Vaccination in Bombay 1869-1873 - 1869-1873
Year: 1869
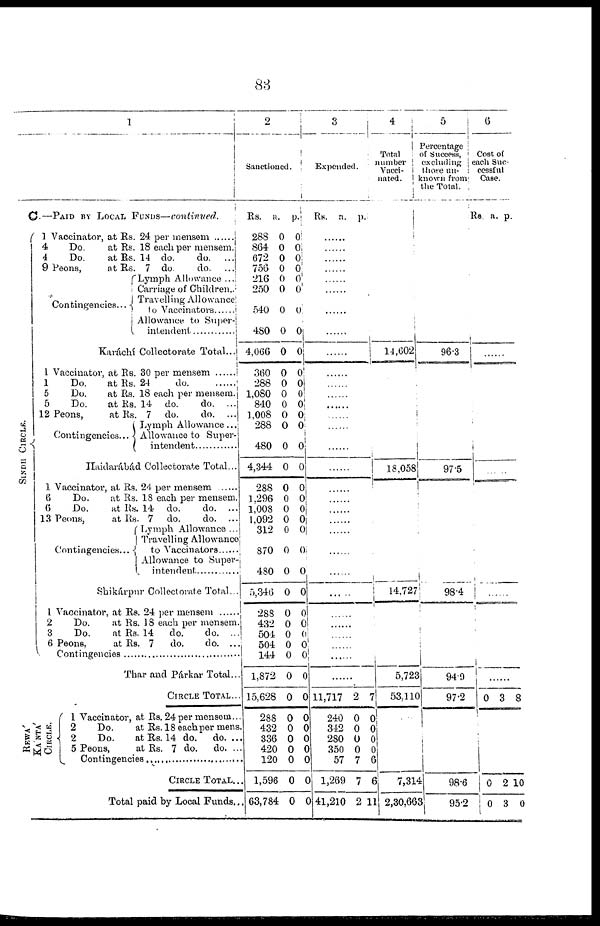
88
1
C.—PAID BY LOCAL FUNDS—continued.
SINDH CIRCLE.
1
4
4
9
Vaccinator, at Rs. 24 per mensem ......
Do.
at Rs. 18 each per mensem.
Do.
at Rs. 14 do.
do.
...
Peons,
at Rs. 7 do.
do.
...
Contingencies...
Lymph Allowance ...
Carriage of Children..
Travelling Allowance
to Vaccinators ......
Allowance to Super¬
intendent ..........
Karáchi Collectorate Total...
1
1
5
5
12
Vaccinator, at Rs. 30 per mensem
Do.
at Rs. 24
do. .....
Do.
at Rs. 18 each per mensem.
Do.
at Rs. 14 do.
do. ...
Peons,
at Rs. 7 do.
do. ...
Contingencies...
Lymph Allowance...
Allowance to Super¬
intendent ..........
Haidarábád Collectorate Total...
1
6
6
13
Vaccinator, at Rs. 24 per mensem
Do.
at Rs. 18 each per mensem.
Do.
at Rs. 14 do.
do. ...
Peons,
at Rs. 7
do.
do. ...
Contingencies...
Lymph Allowance ...
Travelling Allowance
Allowance to Super¬
intendent .............
Shikárpur Collectorate Total...
1
2
3
6
Vaccinator, at Rs. 24 per mensem ......
Do.
at Rs. 18 each per mensem.
Do.
at Rs. 14
do.
do. ...
Peons,
at Rs. 7
do.
do. ...
Contingencies ................
Thar and Párkar Total...
CIRCLE TOTAL...
REWA'
KA'NTA'
CERCLE.
1
2
2 5
Vaccinator, at Rs. 24 per mensem...
Do.
at Rs. 18 each per mens.
Do.
at Rs. 14 do.
do. ..
Peons,
at Rs. 7 do.
do. ..
Contingencies ..............
CIRCLE TOTAL...
Total paid by Local Funds..
2
Sanctioned.
Rs.
288
864
672
756
216
250
540
480
4,066
360
288
1,080
840
1,008
288
480
4,344
288
1,296
1,008
1,092
312
870
480
5,346
288
432
504
504
144
1,872
15,628
288
432
336
420
120
1,596
63,784
a.
0
0
0
0
0
0
0
0
0
0
0
0
0
0
0
0
0
0
0
0
0
0
0
0
0
0
0
0
0
0
0
0
0
0
0
0
0
0
0
p.
0
0
0
0
0
0
0
0
0
0
0 0
0
0
0
0
0
0
0
0
0 0
0
0
0
0
0
0
0
0
0
0
0
0
0
0
0
0
0
3
Expended.
Rs.
a. p.
......
......
......
......
......
......
......
......
......
......
......
......
......
......
......
......
......
......
......
......
......
......
......
......
......
......
......
......
......
11,717
240
342
280
350
57
1,269
41,210
2
0
0
0
0
7
7
2
7
0
0
0
0
6
6
11
4
Total
number
Vacci¬
nated.
14,602
18,058
14,727
5,723
53,110
7,314
2,30,663
5
Percentage
if Success,
excluding
those un¬
known from
the Total.
96.3
97.5
98.4
94.0
97.2
98.6
95.2
6
Cost of
each Suc-
cessful
Case.
Rs a. p.
......
......
......
0
0
0
3
2
3
8
10
0